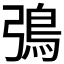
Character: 𬶿